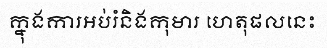
ក្នុងការអប់រំនិងកុមារ ហេតុផលនេះ